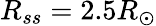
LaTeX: R_{ss}=2.5R_{\odot}